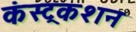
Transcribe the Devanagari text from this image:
कंस्ट्रकशन